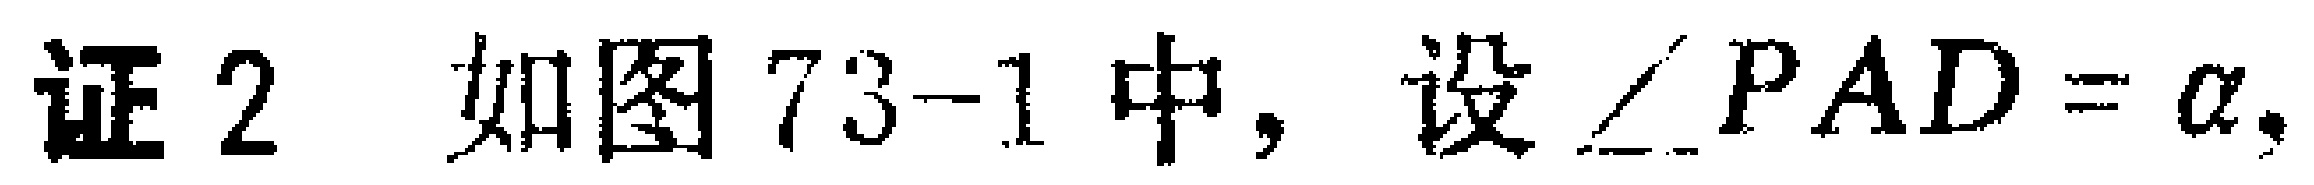
证2 如图73-1中，设$\angle PAD = \alpha,$